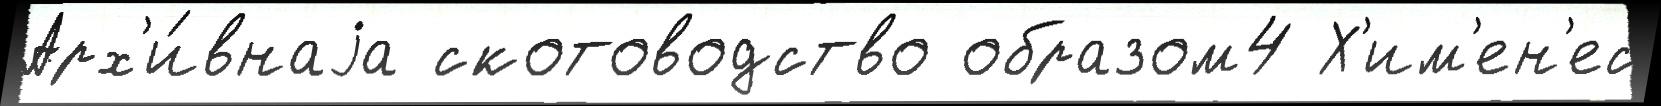
Арх'и́внаjа скотоводство образом4 Х'им'ен'ес